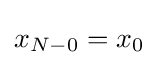
x_{N-0}=x_{0}